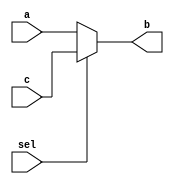
module mux2_1(input a, input c, input sel, output reg b);
  always @(sel,a,c)
      if (sel == 0)
         b = a;
      else
          b = c;
endmodule